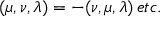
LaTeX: ( \mu , \nu , \lambda ) = - ( \nu , \mu , \lambda ) \, e t c .